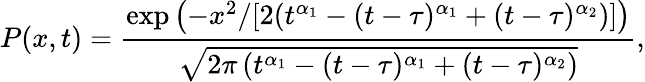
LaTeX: P(x,t)=\frac{\exp\left(-x^{2}/[2(t^{\alpha_{1}}-(t-\tau)^{\alpha_{1}}+(t-\tau)^{\alpha_{2}})]\right)}{\sqrt{2\pi\left(t^{\alpha_{1}}-(t-\tau)^{\alpha_{1}}+(t-\tau)^{\alpha_{2}}\right)}},